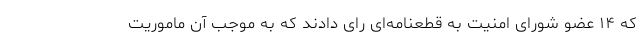
که ۱۴ عضو شورای امنیت به قطعنامه‌ای رای دادند که به موجب آن ماموریت